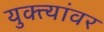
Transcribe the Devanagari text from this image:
युक्त्यांवर